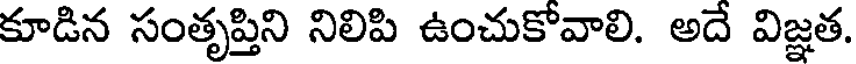
కూడిన సంతృప్తిని నిలిపి ఉంచుకోవాలి. అదే విజ్ఞత.